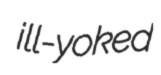
ill-yoked